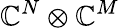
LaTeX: \mathbb{C}^{N}\otimes\mathbb{C}^{M}